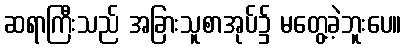
ဆရာကြီးသည် အခြားသူစာအုပ်၌ မတွေ့ခဲ့ဘူးပေ။